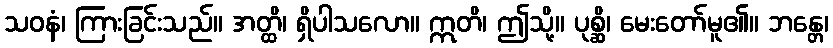
သဝနံ၊ ကြားခြင်းသည်။ အတ္ထိ၊ ရှိပါသလော။ ဣတိ၊ ဤသို့။ ပုစ္ဆိ၊ မေးတော်မူ၏။ ဘန္တေ၊